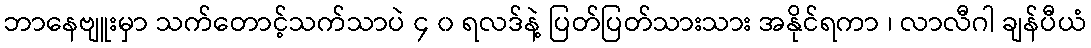
ဘာနေဗျူးမှာ သက်တောင့်သက်သာပဲ ၄ ၀ ရလဒ်နဲ့ ပြတ်ပြတ်သားသား အနိုင်ရကာ ၊ လာလီဂါ ချန်ပီယံ